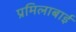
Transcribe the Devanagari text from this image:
प्रमिलाबाई